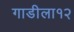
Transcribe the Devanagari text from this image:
गाडीला१२